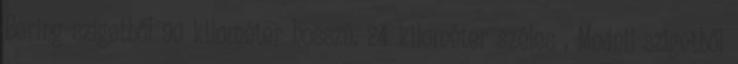
Bering-szigetből 90 kilométer hosszú, 24 kilométer széles , Mednij-szigetből